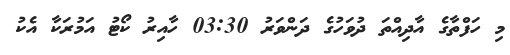
މި ހަފްތާގެ އާދިއްތަ ދުވަހުގެ ދަންވަރު 03:30 ހާއިރު ކޯޓު އަމުރަކާ އެކު